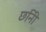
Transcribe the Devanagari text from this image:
छनिी